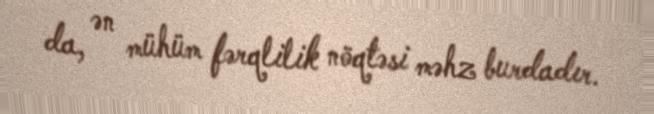
da, ən mühüm fərqlilik nöqtəsi məhz burdadır.